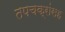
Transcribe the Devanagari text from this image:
तपचक्रांसह